Indian journal of veterinary science and animal husbandry - Volumes 26-27, 1956-1957
Year: 1956
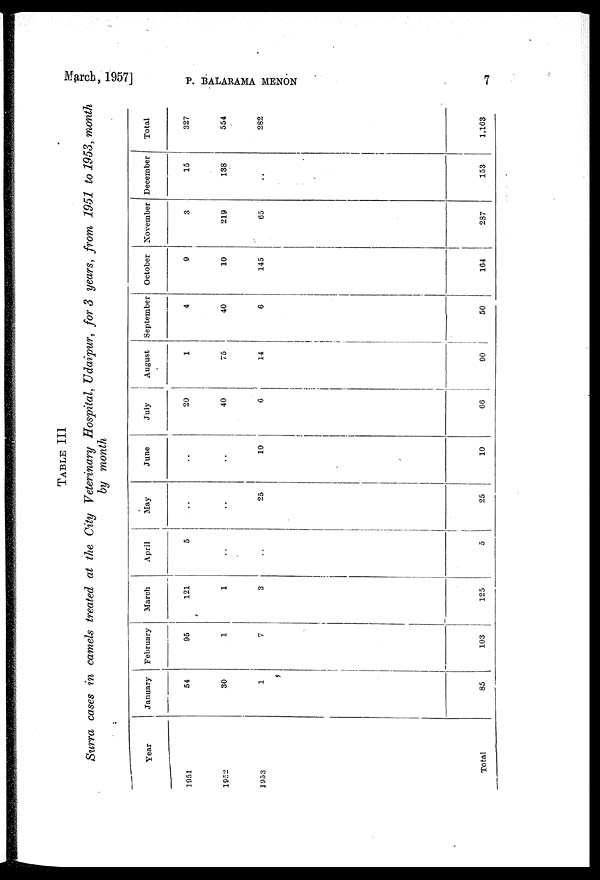
March,1957]
P.BALARAMA MEN
TABLE III
Surra cases in camels treated at the City Veterinary Hospital, Udaipur, for 3 years, from 1951 to 1953, month
by month
Year
1951
1952
1953
Total
January
54
30
1
85
February
95
1
7
103
March
121
1
3
125
April
5
..
..
5
May
..
..
25
25
June
..
..
10
10
July
20
40
6
66
August
1
75
14
90
September
4
40
6
50
October
9
10
145
164
November
3
219
65
287
December
15
138
..
153
Total
327
554
282
1,163